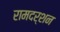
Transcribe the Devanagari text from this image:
रामदर्शन